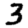
Digit: 3